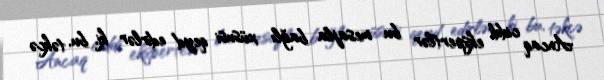
Ancaq ciddi ekspertlər bu mesajla bağlı xüsusi qeyd edirlər ki, bu, təkcə